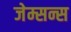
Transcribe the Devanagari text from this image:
जेम्सन्स